NAE_ERA_R-1950_Eesti_Ajakirjanike_Liit, lk 85
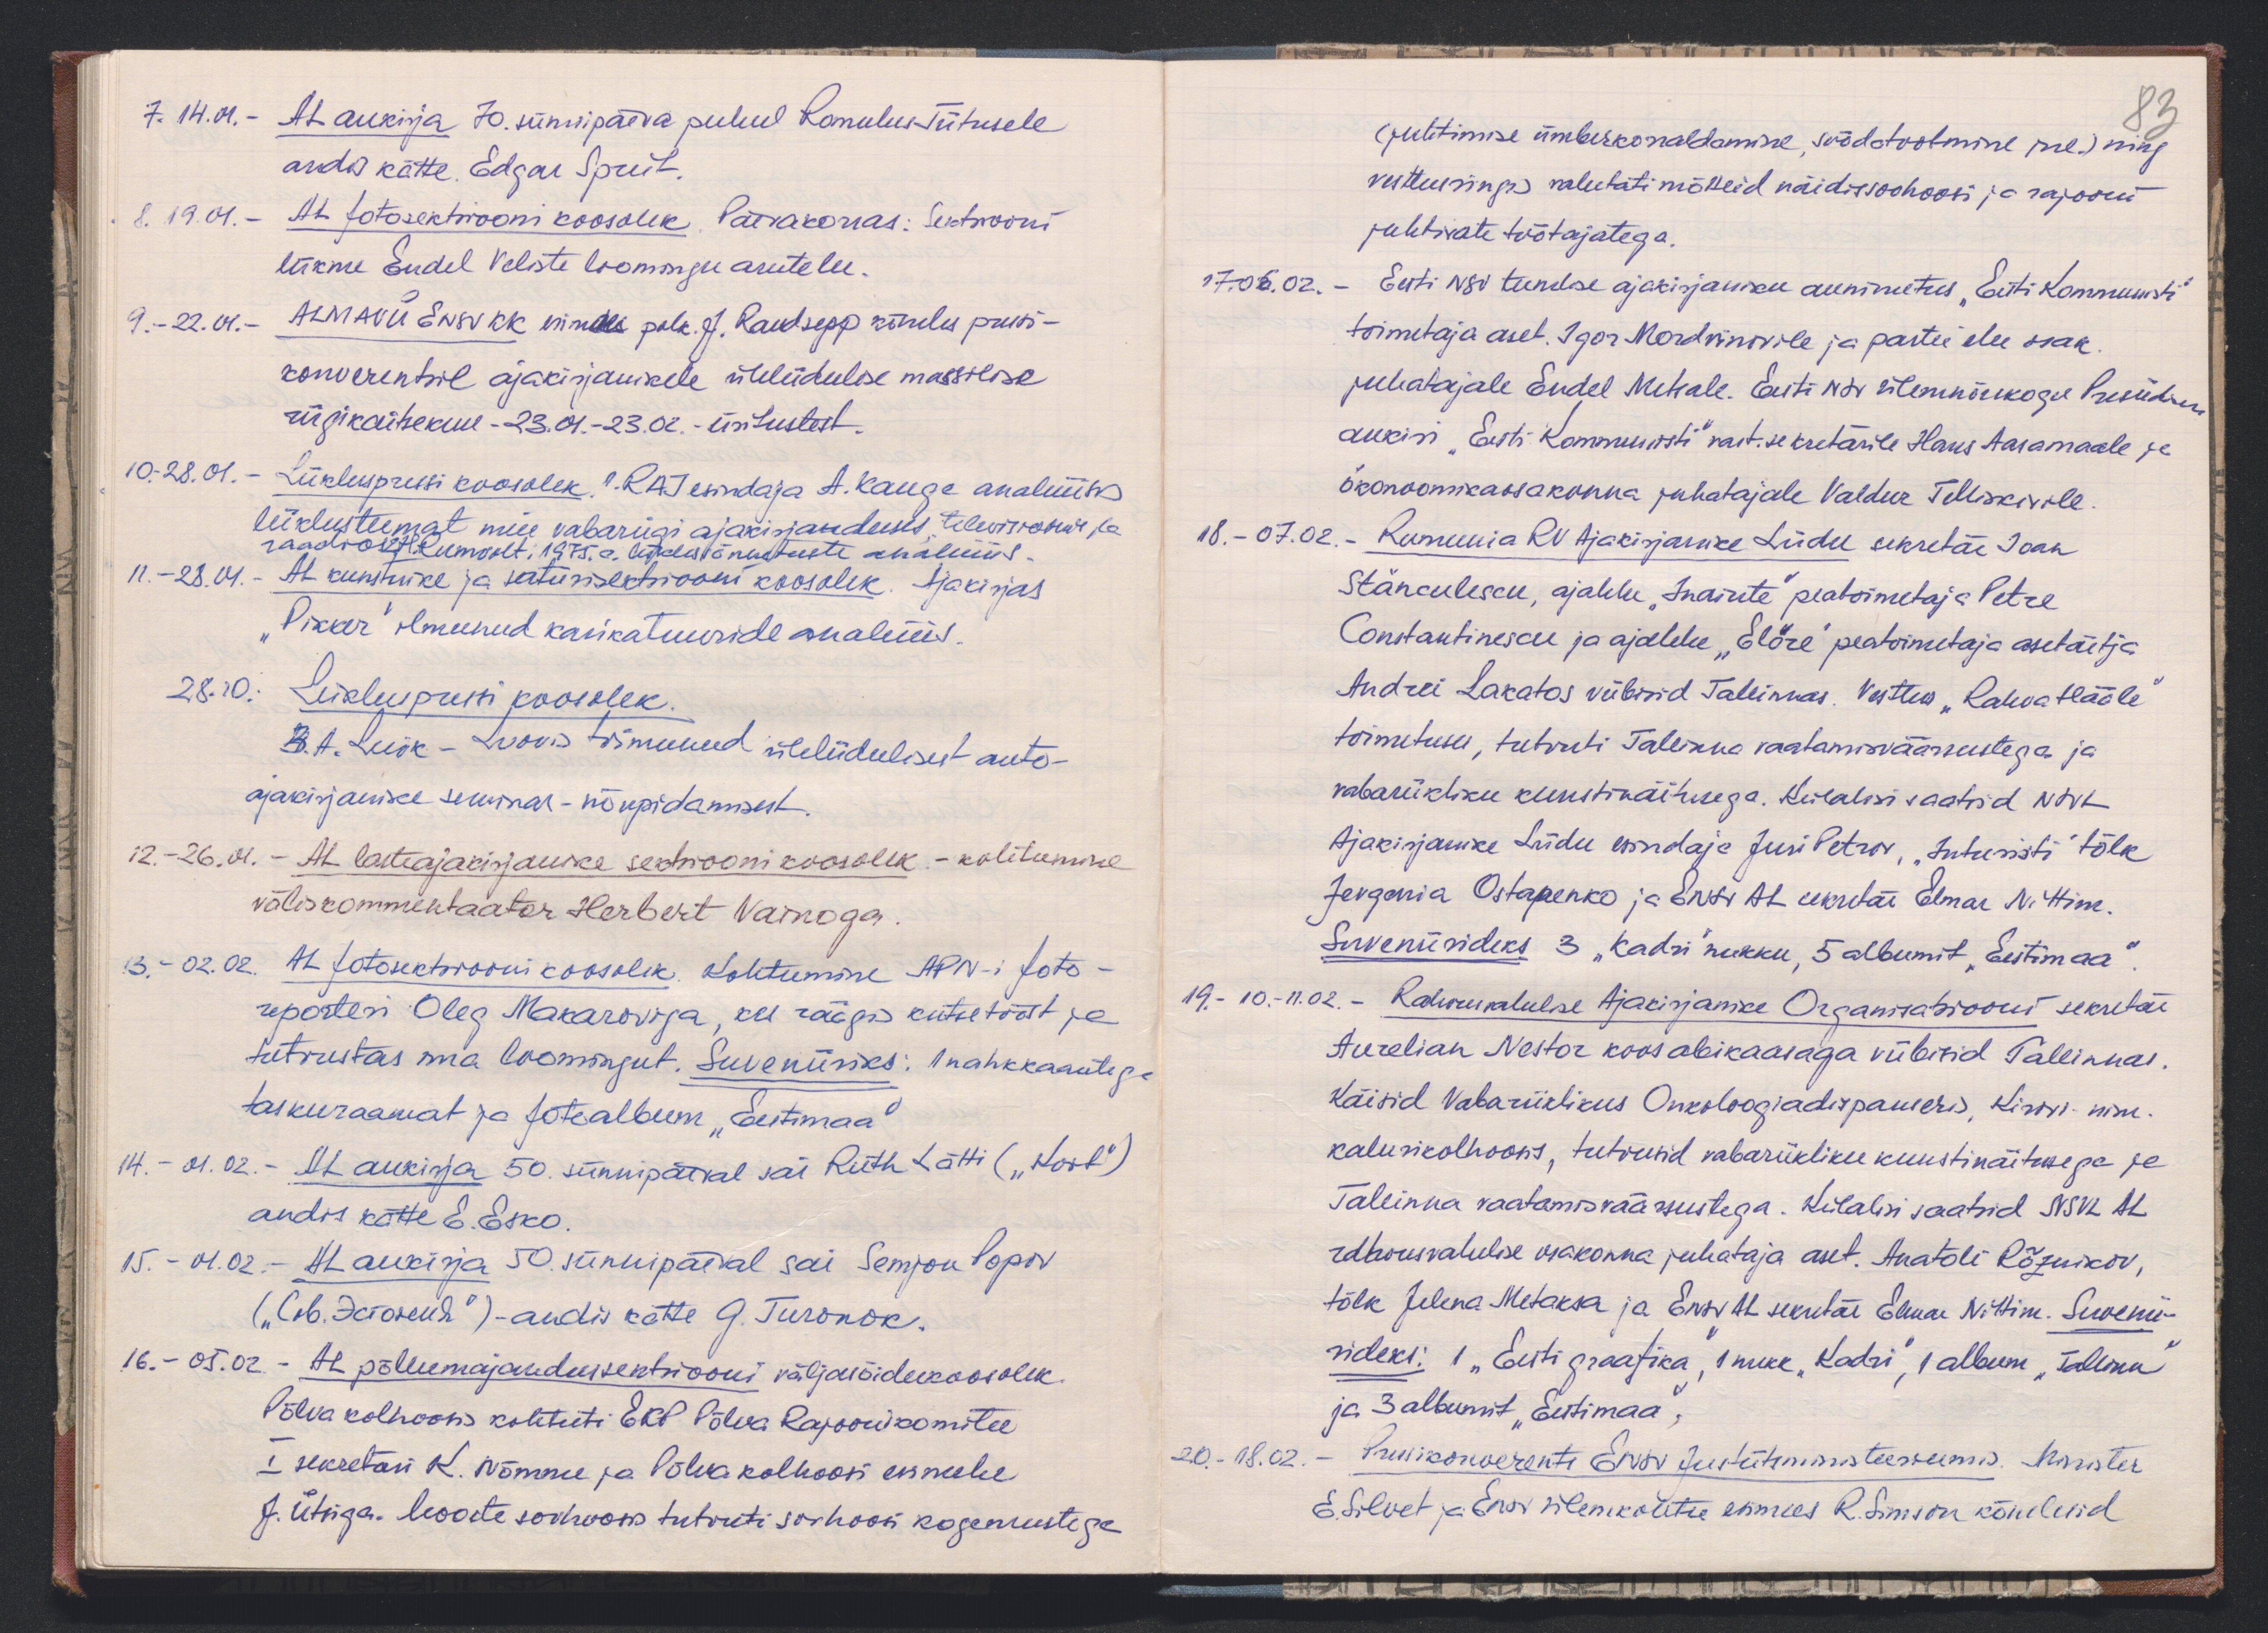
7. 14.01.- AL. aukirja 70. sünnipäeva puhul Romulus Tiitusele
andis kätte. Edgar Spriit.
8. 19.01. - AL fotasektsiooni koosolek Päevakorras: Sektsiooni
liikme Endel Veliste loomingu arutelu.
9. - 22.01. - ALMAVÜ ENSV KK esimees polk.  J. Raudsepp kõneles pressi-
konverentsil ajakirjanikele üleliidulise massilise
riigikaitsekuu - 23.01.-23.02.- üritustest.
10. - 28.01. - Liikluspressi koosolek, 1. RAJ esindaja A. Kauge analüüsis
liiklusteemat meie vabariigi ajakirjanduses televisioonis ja
raadios. 2. H. Rumvolt, 1975. a. liiklusõnnetuste analüüs.
11. - 28.04. - AL kunstnike ja satiirisektsiooni koosolek. Ajakirjas
"Pikker" ilmunud karikatuuride analüüs.
28.10. Liikluspressi koosolek.
3. A. Luik - Lvovis toimunud üleliidulisest auto-
ajakirjanike seminar-nõupidamisest.
12. - 26.01. - AL lasteajakirjanike sektsiooni koosolek - kohtumine
väliskommentaator Herbert Vainoga
13. - 02.02. AL fotosektsiooni koosolek. Kohtumine APN-i foto-
reporteri Oleg Makaroviga, kes räägis kutsetööst ja
tutvustas oma loomingut. Suveniiriks: 1 nahkaantega
taskuraamat ja fotoalbum "Eestimaa"
14. - 01.02. - AL aukirja 50. sünnipäeval sai Ruth Lätti ( "Koit")
andis kätte E. Esko.
15. - 01.02. - AL aukirja 50. sünnipäeval sai Semjon Popov
("Сль долона") - andis kätte G. Turonok.
16. - 05.02 - AL põllumajandussektsiooni väljasõidukoosolek
Põlva kolhoosis kohtuti EKP Põlva Rajoonikomitee
I sekretäri K. Nõmme ja Põlva kolhoosi esimehe
J. Ütsiga. Moote sovhoosis tutvuti sovhoosi kogemustega

83
(juhtimise ümberkorraldamine söödatootmine jne) ning
vestlusringis vahetati mõtteid näidissovhoosi ja rajooni
juhtivate töötajatega.
17.06.02. - Eesti NSV teenelise ajakirjaniku aunimetus "Eesti Kommunisti"
toimetaja aset. Igor Mordvinovile ja partei elu osak.
juhatajale Endel Metsale. Eesti NSV ülemnõukogu Presiidium
aukiri "Eesti Kommunisti" vast. sekretärile Hans Aasamaale ja
Ökonoomikaosakonna juhatajale Valdur Telliskivile.
18. - 07.02. Rumeenia RV Ajakirjanike Liidu sekretär Joan
Stănculescu, ajalehe "Inaiute" peatoimetaja Petre
Constantinescu ja ajalehe "Előre" peatoimetaja asetäitja
Andrei Lakatos viibisid Tallinnas. Vestlus "Rahva Hääle"
toimetuses, tutvuti Tallinna vaatamisväärsustega ja
vabariikliku kunstinäitusega. Külalisi saatsid NSVL
Ajakirjanike Liidu esindaja Juri Petrov, "Inturisti" tõlk
Jevgenia Ostapenko ja Eesti AL sekretär Elmar Nittim.
Suveniirideks 3 "Kadri" nukku, 5 albumit "Eestimaa"
19. - 10.-11.02. - Rahvusvahelise Ajakirjanike Organisatsiooni sekretär
Aurelian Nestor koos abikaasaga viibisid Tallinnas.
Käisid Vabariiklikus Onkoloogiadispanseris, Kirovi nim-
kalurikolhoosis, tutvusid vabariikliku kunstinäitusega ja
Tallinna vaatamisväärsustega. Külalisi saatsid NSVL AL
rahvusvahelise osakonna juhataja aset. Anatoli Rõznikov,
tõlk Jelena Metaksa ja ENSV AL sekretär Elmar Nittim. Suvenii-
rideks: 1 "Eesti graafika", 1 nukk "Kadri", 1 album "Tallinn"
ja 3 albumit "Eestimaa".
20. - 18.02. - Pressikonverents ENSV Justiitsministeeriumis. Minister
E. Silvet ja ENSV ülemkomitee esimees R. Simson kõnelesid